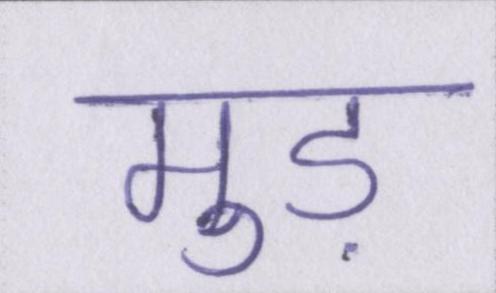
मुड़